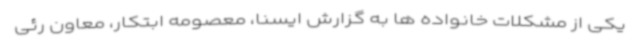
یکی از مشکلات خانواده ها به گزارش ایسنا، معصومه ابتکار، معاون رئی